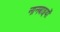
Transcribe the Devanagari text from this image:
नानबाइयों